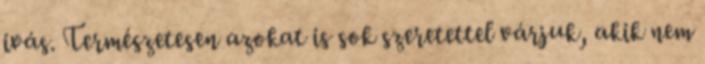
ivás. Természetesen azokat is sok szeretettel várjuk, akik nem